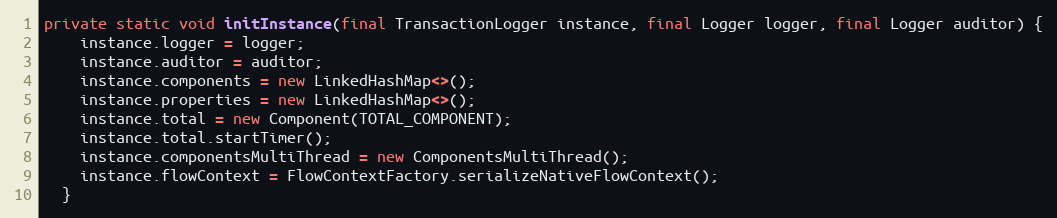
Language: Java
private static void initInstance(final TransactionLogger instance, final Logger logger, final Logger auditor) {
    instance.logger = logger;
    instance.auditor = auditor;
    instance.components = new LinkedHashMap<>();
    instance.properties = new LinkedHashMap<>();
    instance.total = new Component(TOTAL_COMPONENT);
    instance.total.startTimer();
    instance.componentsMultiThread = new ComponentsMultiThread();
    instance.flowContext = FlowContextFactory.serializeNativeFlowContext();
  }